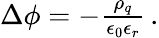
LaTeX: \begin{array}{r}{\Delta\phi=-\frac{\rho_{q}}{\epsilon_{0}\epsilon_{r}}\, .}\end{array}